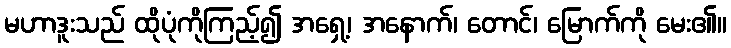
မဟာဒူးသည် ထိုပုံကိုကြည့်၍ အရှေ့၊ အနောက်၊ တောင်၊ မြောက်ကို မေး၏။